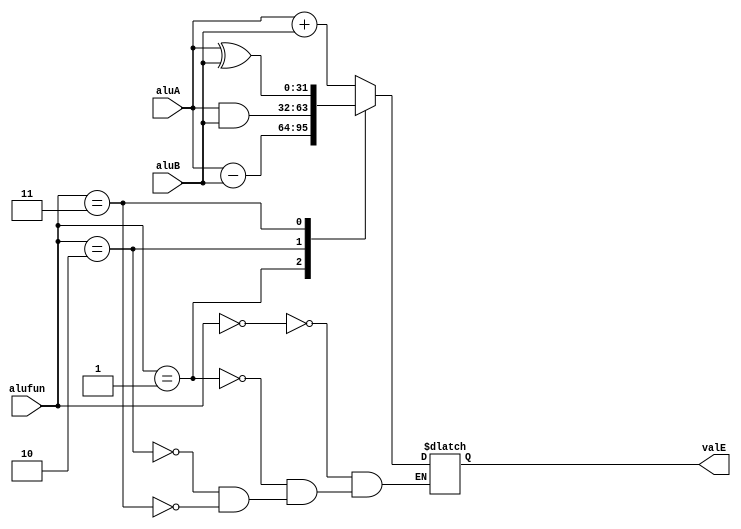
`timescale 1ns / 1ns
module alu
(
    input [31:0] aluA,
    input [31:0] aluB,
    input [3:0] alufun,
    output [31:0] valE
);

reg [31:0] regvalE;
assign valE = regvalE;

always @(*) begin
    case (alufun)
        4'h0:   regvalE <= aluA + aluB; 
        4'h1:   regvalE <= aluA - aluB;
        4'h2:   regvalE <= aluA & aluB;
        4'h3:   regvalE <= aluA ^ aluB;
    endcase
end

endmodule